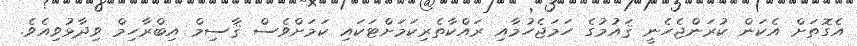
އެގޮތަށް އެކަން ކުރަންޖެހެނީ ޤައުމުގެ ހަމަޖެހުމާއި ރައްކާތެރިކަމަށްޓަކައި ކަމަށްވެސް ޤާސިމް އިބްރާހިމް ވިދާޅުވިއެވެ.